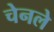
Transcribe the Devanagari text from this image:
चेनले